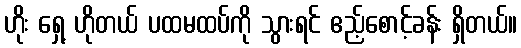
ဟိုး ရှေ့ ဟိုတယ် ပထမထပ်ကို သွားရင် ဧည့်စောင့်ခန်း ရှိတယ်။